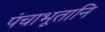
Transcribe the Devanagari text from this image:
पंचाभूतानि